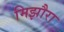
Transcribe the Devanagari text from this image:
मिझौरा